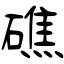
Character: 礁